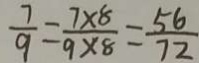
\frac { 7 } { 9 } = \frac { 7 \times 8 } { 9 \times 8 } = \frac { 5 6 } { 7 2 }